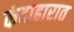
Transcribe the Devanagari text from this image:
कंदाहारात